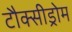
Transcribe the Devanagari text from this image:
टौक्सीड्रोम